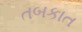
તબકાત